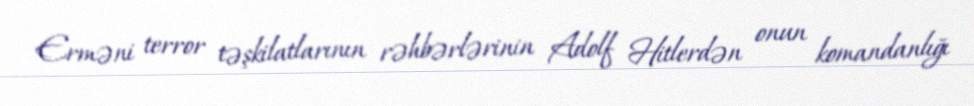
Erməni terror təşkilatlarının rəhbərlərinin Adolf Hitlerdən onun komandanlığı